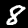
Digit: 8